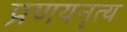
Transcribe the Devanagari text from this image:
प्रणयनृत्य